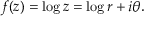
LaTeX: f ( z ) = \log z = \log r + i \theta .